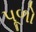
પૂળો